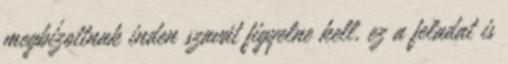
megbízottnak inden szavát figyelne kell, ez a feladat is